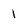
Character: I